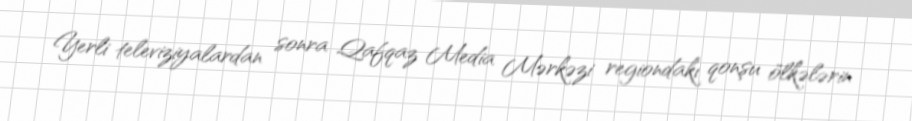
Yerli televiziyalardan sonra Qafqaz Media Mərkəzi regiondakı qonşu ölkələrin